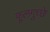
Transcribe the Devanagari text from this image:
फूलगुच्छे